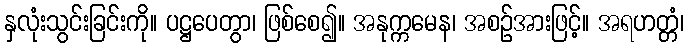
နှလုံးသွင်းခြင်းကို။ ပဋ္ဌပေတွာ၊ ဖြစ်စေ၍။ အနုက္ကမေန၊ အစဉ်အားဖြင့်။ အရဟတ္တံ၊